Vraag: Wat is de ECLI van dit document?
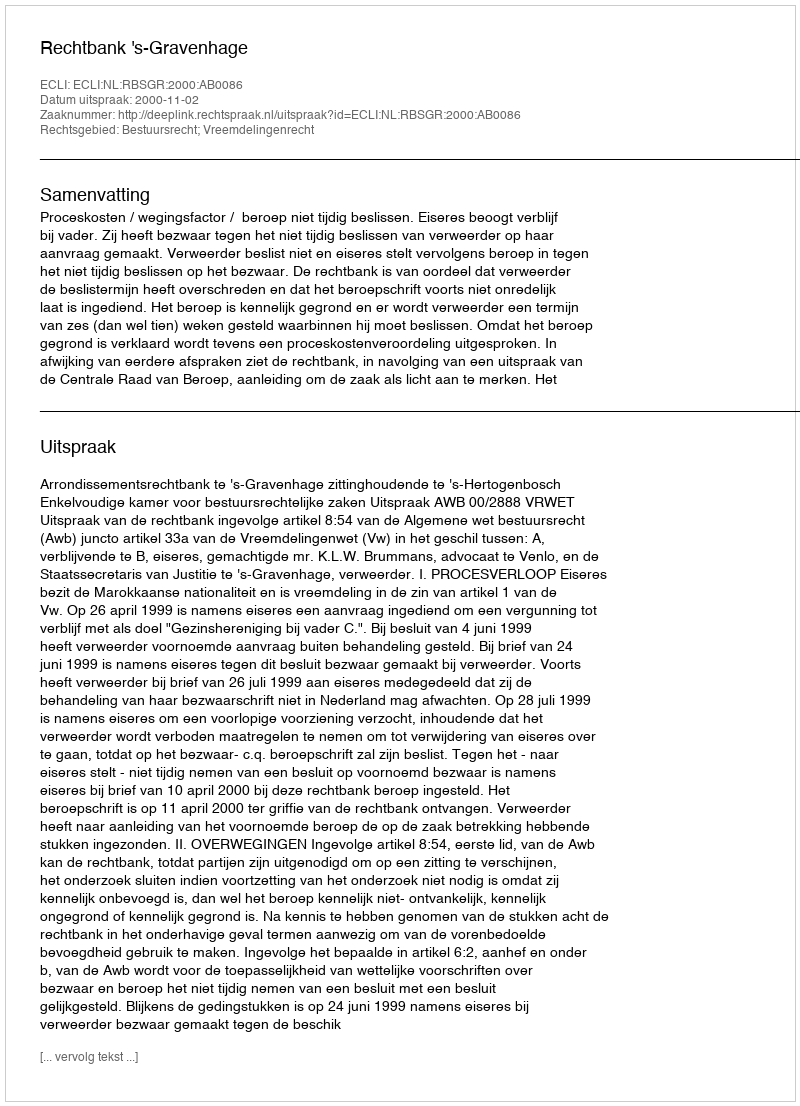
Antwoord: ECLI:NL:RBSGR:2000:AB0086